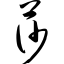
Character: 莎